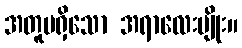
အတူမရှိသော အရာလေးမျိုး။